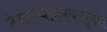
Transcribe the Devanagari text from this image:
टेस्टोस्टेरॉनपासूनही